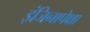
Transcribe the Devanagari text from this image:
इंजिनापेक्षा